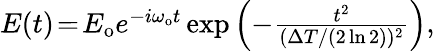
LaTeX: \begin{array}{r}{E(t)\! =\! E_{\mathrm{o}}e^{-i\omega_{\mathrm{o}}t}\exp\left(-\frac{t^{2}}{(\Delta T/(2\ln{2}))^{2}}\right),}\end{array}